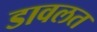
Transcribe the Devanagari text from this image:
डावलत